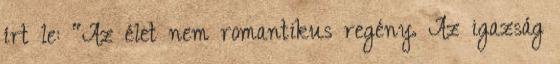
írt le: "Az élet nem romantikus regény. Az igazság